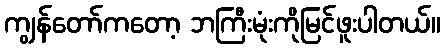
ကျွန်တော်ကတော့ ဘကြီးမုံးကိုမြင်ဖူးပါတယ်။